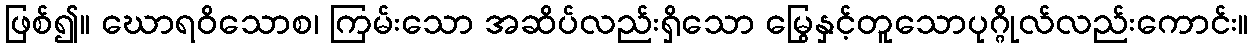
ဖြစ်၍။ ဃောရဝိသောစ၊ ကြမ်းသော အဆိပ်လည်းရှိသော မြွေနှင့်တူသောပုဂ္ဂိုလ်လည်းကောင်း။